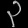
Digit: ၃